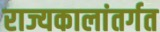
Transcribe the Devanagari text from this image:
राज्यकालांतर्गत